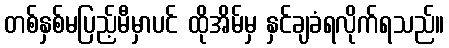
တစ်နှစ်မပြည့်မီမှာပင် ထိုအိမ်မှ နှင်ချခံရလိုက်ရသည်။